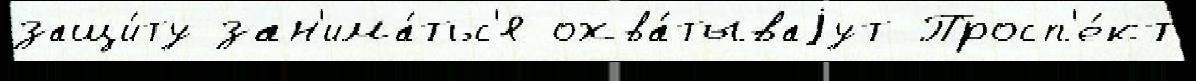
защи́ту зан'има́тьс'я охва́тываjут Просп'е́кт